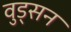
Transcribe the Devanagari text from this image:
वुड्सन